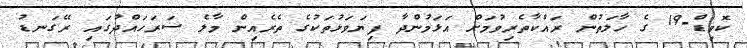
ކޮވިޑް-19 ގެ ހާލަތުން ރައްކާތެރިވުމަށް އަޅަމުންދާ ފިޔަވަޅުތަކުގެ ތެރެއިން މާލެ ސަރަހައްދުގައި ރޭގަނޑު